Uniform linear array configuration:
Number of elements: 48
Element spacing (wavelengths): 0.75
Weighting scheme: hann
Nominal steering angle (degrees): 45
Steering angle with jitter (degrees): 44.63
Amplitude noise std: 0.05
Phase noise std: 0.05

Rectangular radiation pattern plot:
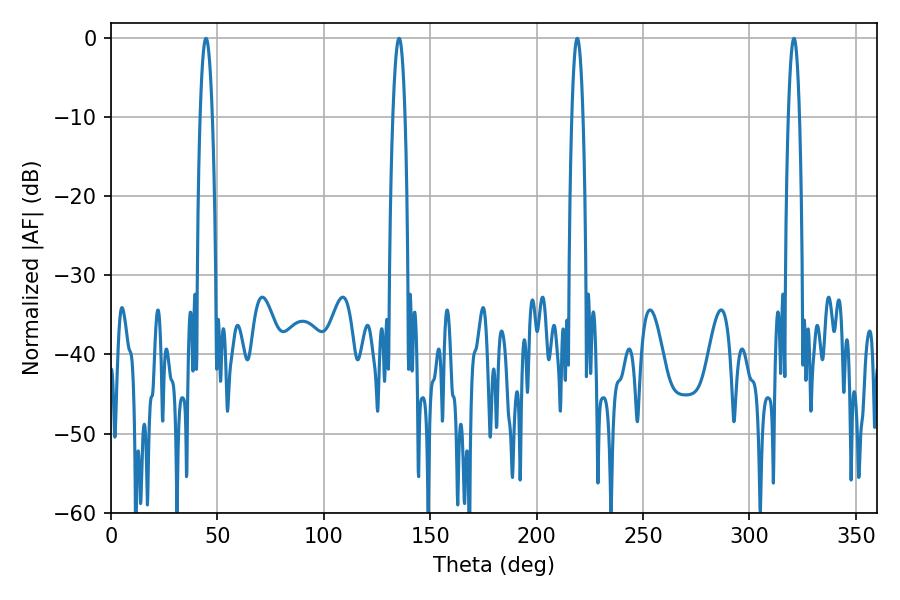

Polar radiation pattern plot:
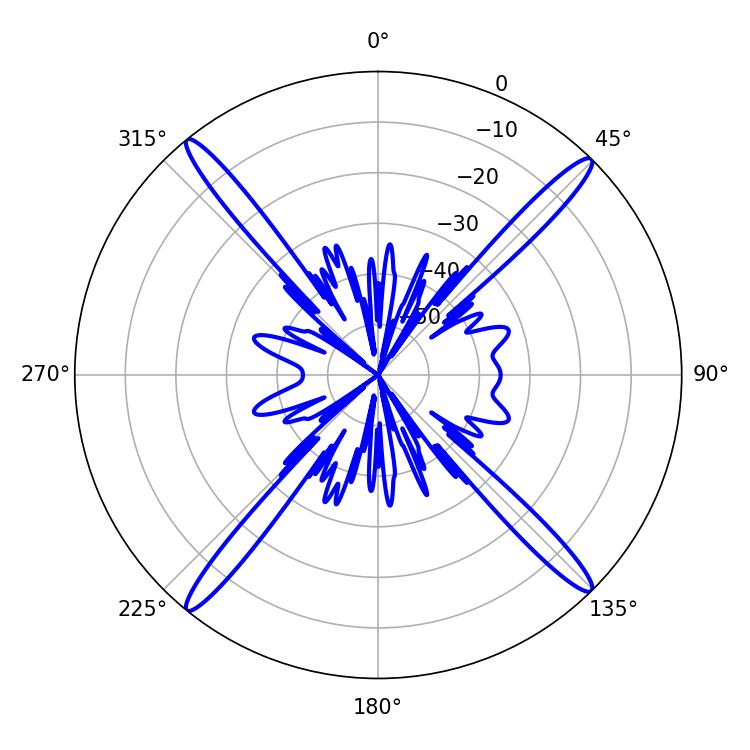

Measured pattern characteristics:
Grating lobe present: TRUE
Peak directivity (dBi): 21.201
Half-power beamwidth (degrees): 3.24
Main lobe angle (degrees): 44.64